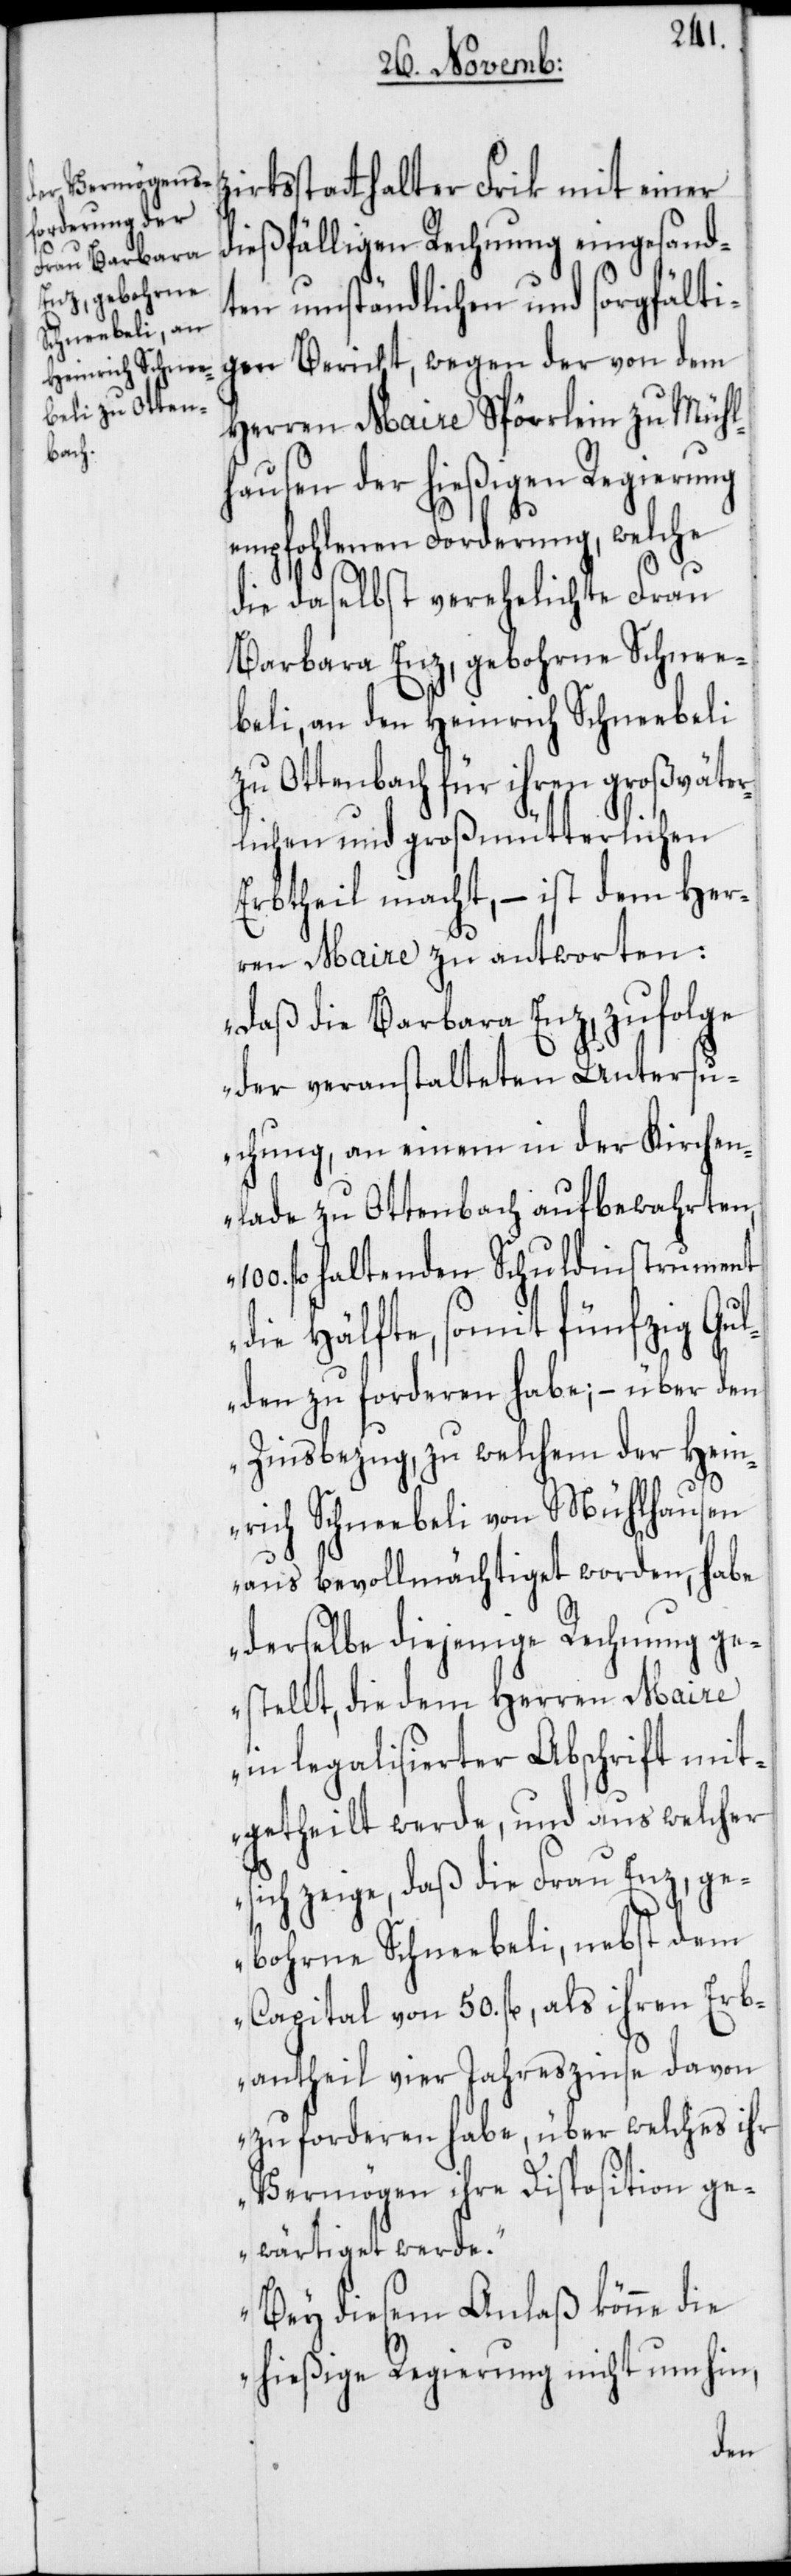
z¬
irksstatthalter Frick mit einer
dießfälligen Rechnung eingesand¬
ten umständlichen und sorgfälti¬
gen Bericht, wegen der von dem
Herren Maire Spörrlein zu Mühl¬
hausen der hießigen Regierung
empfohlenen Forderung, welche
die daselbst verehelichte Frau
Barbara Enz, gebohrne Schnee¬
beli, an den Heinrich Schneebeli
zu Ottenbach für ihren großväter¬
lichen und großmütterlichen
Erbtheil macht, – ist dem Her¬
ren Maire zu antworten:
„daß die Barbara Enz, zufolge
der veranstalteten Untersu¬
chung, an einem in der Kirchen¬
lade zu Ottenbach aufbewahrten,
fl. haltenden Schuldinstrument
die Hälfte, somit fünfzig Gu¬
lden zu forderen habe; – über den
Zinsbezug, zu welchem der Hein¬
rich Schneebeli von Mühlhausen
aus bevollmächtiget worden, habe
derselbe diejenige Rechnung ge¬
stellt, die dem Herren Maire
in legalisierter Abschrift mit¬
getheilt werde, und aus welcher
sich zeige, daß die Frau Enz, ge¬
bohrne Schneebeli, nebst dem
Capital von 50. fl., als ihren Erb¬
antheil vier Jahreszinse davon
zu forderen habe, über welches ihr
Vermögen ihre Disposition ge¬
wärtiget werde.
Bey diesem Anlaß könne die
hießige Regierung nicht umhin,